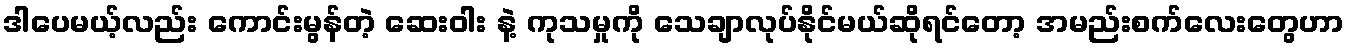
ဒါပေမယ့်လည်း ကောင်းမွန်တဲ့ ဆေးဝါး နဲ့ ကုသမှုကို သေချာလုပ်နိုင်မယ်ဆိုရင်တော့ အမည်းစက်လေးတွေဟာ